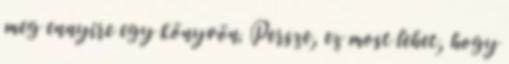
meg ennyire egy könyvön. Persze, ez most lehet, hogy